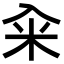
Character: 籴